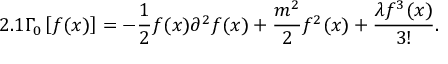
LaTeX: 2 . 1 \Gamma _ { 0 } \left[ f ( x ) \right] = - \frac { 1 } { 2 } f ( x ) \partial ^ { 2 } f ( x ) + \frac { m ^ { 2 } } { 2 } f ^ { 2 } ( x ) + \frac { \lambda f ^ { 3 } ( x ) } { 3 ! } .